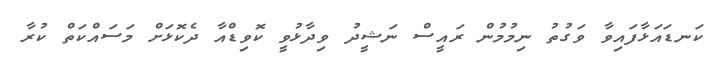
ކަނޑައަޅާފައިވާ ވަގުތު ނިމުމުން ރައީސް ނަޝީދު ވިދާޅުވީ ކޮވިޑްއާ ދެކޮޅަށް މަސައްކަތް ކުރާ